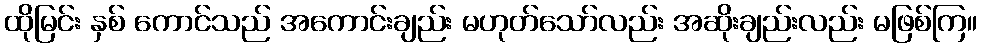
ထိုမြင်း နှစ် ကောင်သည် အကောင်းချည်း မဟုတ်သော်လည်း အဆိုးချည်းလည်း မဖြစ်ကြ။